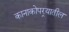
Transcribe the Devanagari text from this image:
कानाकोपर्‍यातील